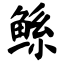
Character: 鲧